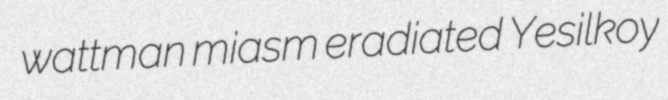
wattman miasm eradiated Yesilkoy